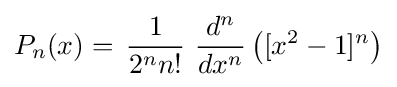
P_{n}(x)=\,{\frac {1}{2^{n}n!}}\ {\frac {d^{n}}{dx^{n}}}\left([x^{2}-1]^{n}\right)